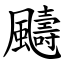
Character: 䬞